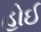
હોઈ